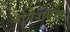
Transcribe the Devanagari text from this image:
बोमैनविल